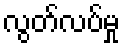
လွတ်လပ်မှု